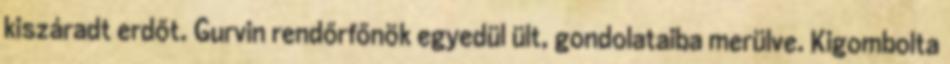
kiszáradt erdőt. Gurvin rendőrfőnök egyedül ült, gondolataiba merülve. Kigombolta